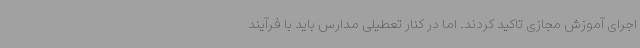
اجرای آموزش مجازی تاکید کردند. اما در کنار تعطیلی مدارس باید با فرآیند